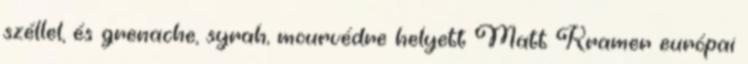
széllel, és grenache, syrah, mourvédre helyett Matt Kramer európai